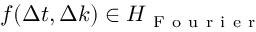
f ( \Delta t , \Delta k ) \in H _ { \mathrm { ~ F ~ o ~ u ~ r ~ i ~ e ~ r ~ } }